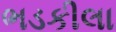
ભડકીલા